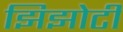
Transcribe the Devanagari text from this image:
झिझोटी